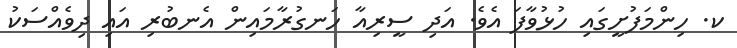
ކ. ހިންމަފުށީގައި ހުޅުވާފަ އެވެ. އަދި ސީރިއާ ހަނގުރާމައިން އެނބުރި އައި ދިވެއްސަކު